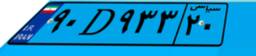
۹۰D۹۳۳۲۰